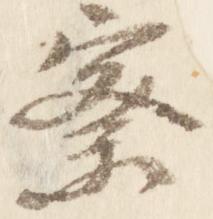
察